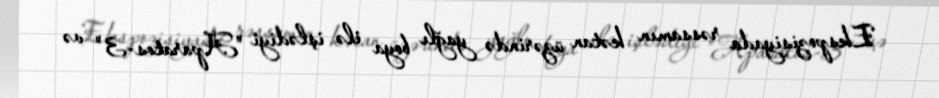
Ekspozisiyada rəssamın kətan üzərində yağlı boya ilə işlədiyi "Aparatos-3" və